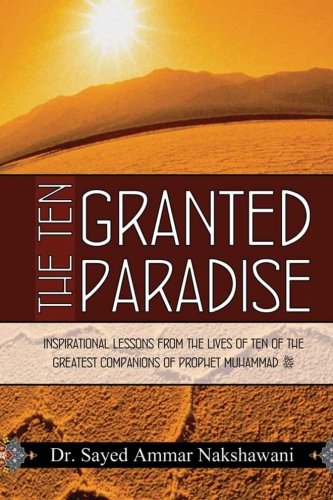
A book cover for The Ten Granted Paradise; Sayed Ammar Nakshawani; Religion & Spirituality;